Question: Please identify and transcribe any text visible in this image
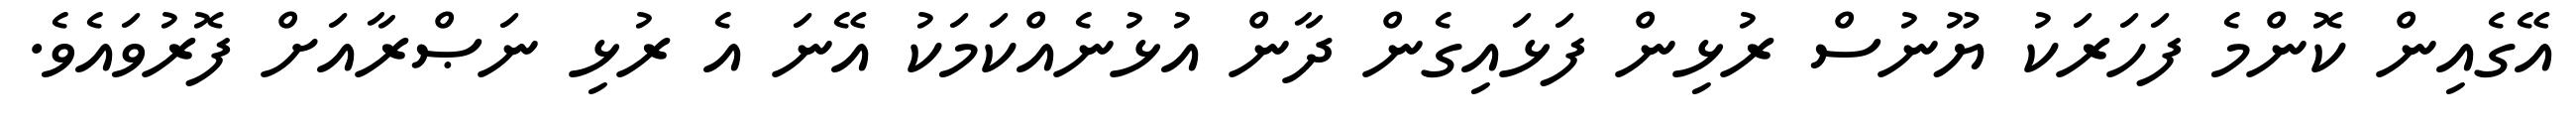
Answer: އޭގެއިން ކޮންމެ ފަހަރަކު ޔޫނުސް ރުޅިން ފަޅައިގެން ދާން އުޅުނެއްކަމަކު އޭނަ އެ ރުޅި ނަޞްރާއަށް ފޮރުވައެވެ.